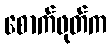
စောက်ဖုတ်က